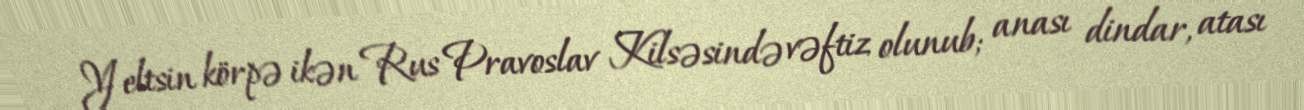
Yeltsin körpə ikən Rus Pravoslav Kilsəsində vəftiz olunub; anası dindar, atası